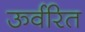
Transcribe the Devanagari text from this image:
ऊर्वरित